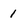
Character: 1